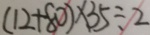
( 1 2 + 8 0 ) \times 3 5 \div 2